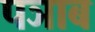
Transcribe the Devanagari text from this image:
पञाब